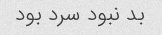
بد نبود سرد بود